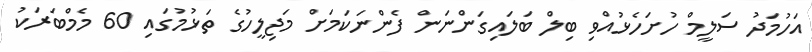
އަހުމަދު ސަލީމް ހުށަހެޅުއްވި ބިލް ބަލައިގަންނަން ފެންނަކަމަށް މަޖިލީހުގެ ތަޅުމުގައި 60 މެމްބަރަކު